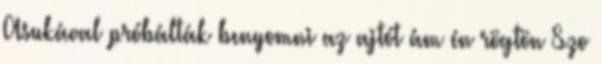
Asukával próbálták benyomni az ajtót ám én rögtön Szo